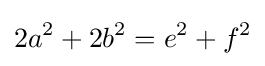
2a^{2}+2b^{2}=e^{2}+f^{2}